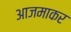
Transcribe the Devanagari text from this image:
आजमाकर